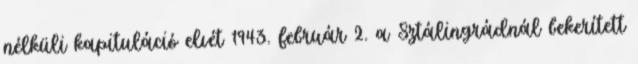
nélküli kapituláció elvét 1943. február 2. a Sztálingrádnál bekerített